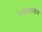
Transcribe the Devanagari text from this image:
साहित्‍यातील